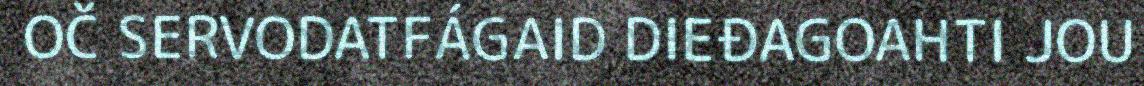
OČ SERVODATFÁGAID DIEĐAGOAHTI JOU